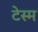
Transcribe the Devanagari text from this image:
टेस्म